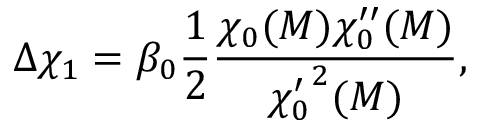
\Delta \chi _ { 1 } = \beta _ { 0 } { \frac { 1 } { 2 } } { \frac { \chi _ { 0 } ( M ) \chi _ { 0 } ^ { \prime \prime } ( M ) } { { \chi _ { 0 } ^ { \prime } } ^ { 2 } ( M ) } } ,